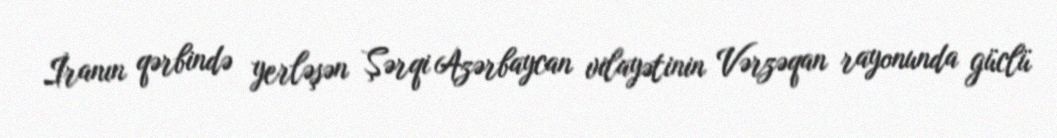
İranın qərbində yerləşən Şərqi Azərbaycan vilayətinin Vərzəqan rayonunda güclü